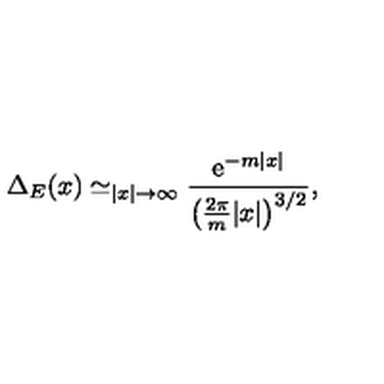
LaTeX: \Delta _ { E } ( x ) \simeq _ { | x | \rightarrow \infty } \frac { \mathrm { e } ^ { - m | x | } } { \left( \frac { 2 \pi } { m } | x | \right) ^ { 3 / 2 } } ,